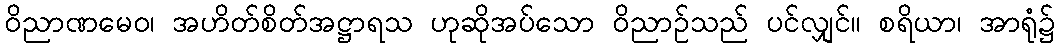
ဝိညာဏမေဝ၊ အဟိတ်စိတ်အဋ္ဌာရသ ဟုဆိုအပ်သော ဝိညာဉ်သည် ပင်လျှင်။ စရိယာ၊ အာရုံ၌